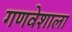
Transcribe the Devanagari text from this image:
गणवेशाला